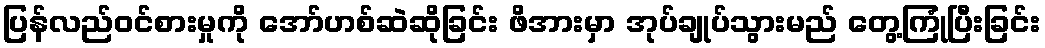
ပြန်လည်ဝင်စားမှုကို အော်ဟစ်ဆဲဆိုခြင်း ဖိအားမှာ အုပ်ချုပ်သွားမည် တွေ့ကြုံပြီးခြင်း